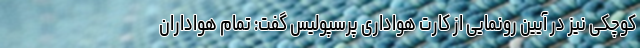
کوچکی نیز در آیین رونمایی از کارت هواداری پرسپولیس گفت: تمام هواداران